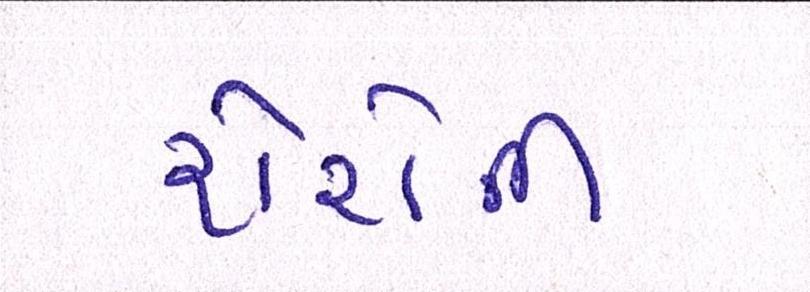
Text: શેરોની